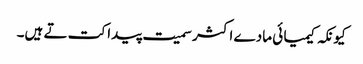
کیونکہ کیمیا ئی مادے اکثر سمیت پیدا کت تے ہیں۔